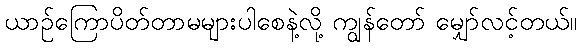
ယာဉ်ကြောပိတ်တာမများပါစေနဲ့လို့ ကျွန်တော် မျှော်လင့်တယ်။